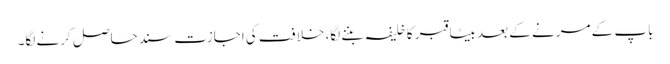
باپ کے مرنے کے بعد بیٹا قبر کا خلیفہ بننے لگا، خلافت کی اجازت سند حاصل کرنے لگا۔